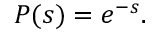
P ( s ) = e ^ { - s } .